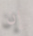
إن